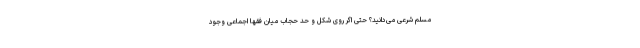
مسلم شرعی می‌دانید؟ حتی اگر روی شکل و حد حجاب میان فقها اجماعی وجود